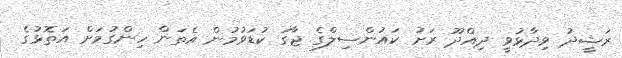
ރަޝީދު ވިދާޅުވީ ދިއްދޫ ރަށު ކައުންސިލްގެ ޖާގަ ކުޑަވުމުން އެތަން ހިންގުމަށް އަތޮޅުގެ